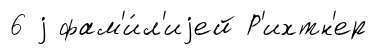
6 j фам'и́л'иjей Р'ихтн'ер